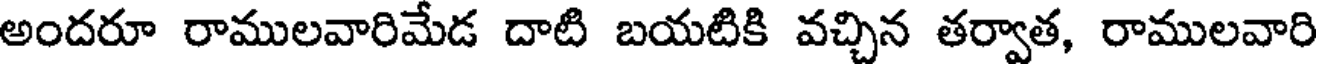
అందరూ రాములవారిమేడ దాటి బయటికి వచ్చిన తర్వాత, రాములవారి